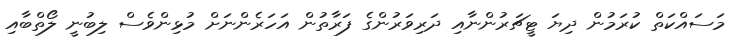
މަސައްކަތް ކުރަމުން ދިޔަ ޓީޗަރުންނާއި ދަރިވަރުންގެ ފަރާތުން އަހަރެންނަށް މުޅިންވެސް ލިބުނީ ލޯތްބާއި